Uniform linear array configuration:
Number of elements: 24
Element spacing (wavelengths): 1
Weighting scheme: cosine
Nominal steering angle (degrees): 45
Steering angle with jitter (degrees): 43.562
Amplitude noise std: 0.05
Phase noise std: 0.05

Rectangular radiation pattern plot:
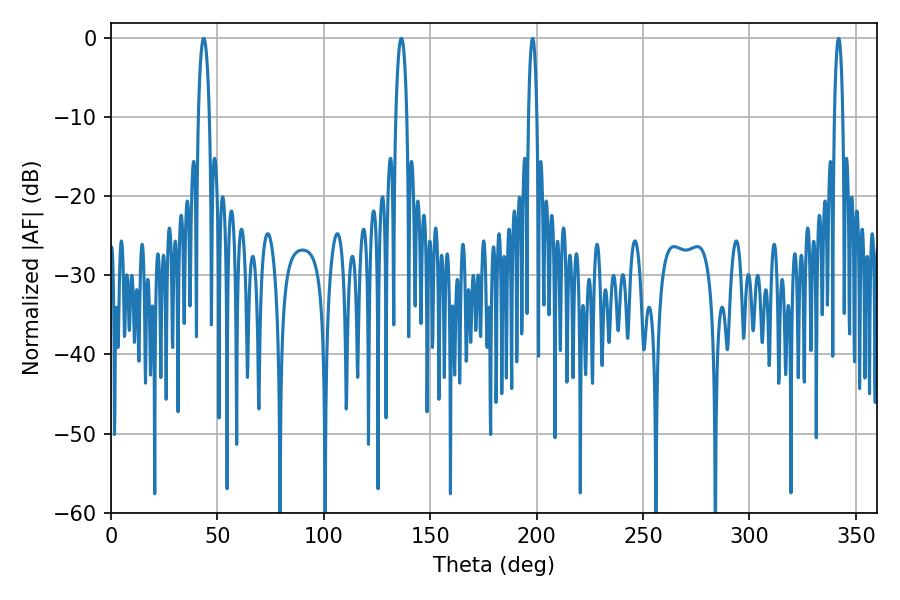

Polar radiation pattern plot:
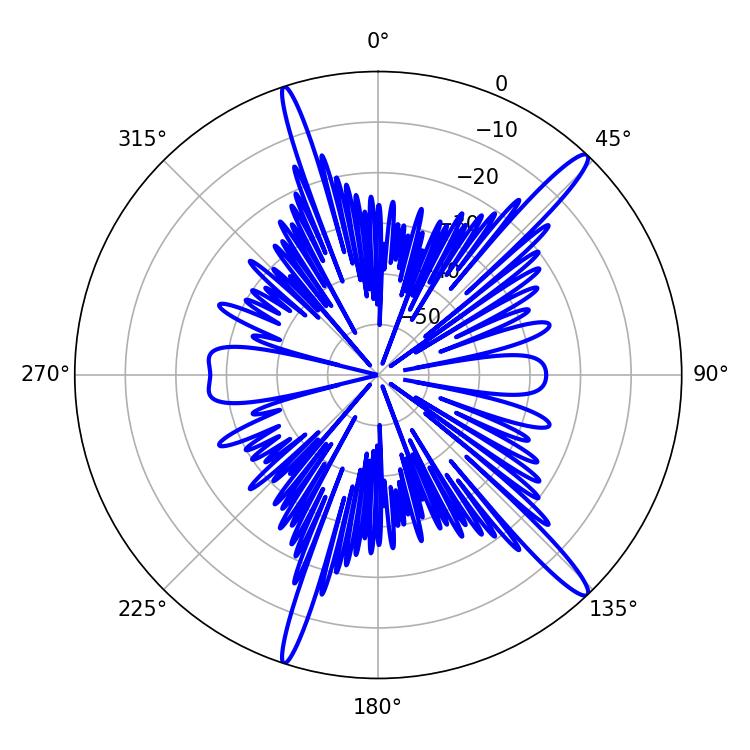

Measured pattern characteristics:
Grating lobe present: TRUE
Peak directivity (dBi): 15.847
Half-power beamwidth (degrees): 2.88
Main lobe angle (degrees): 43.56